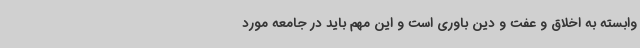
وابسته به اخلاق و عفت و دین باوری است و این مهم باید در جامعه مورد